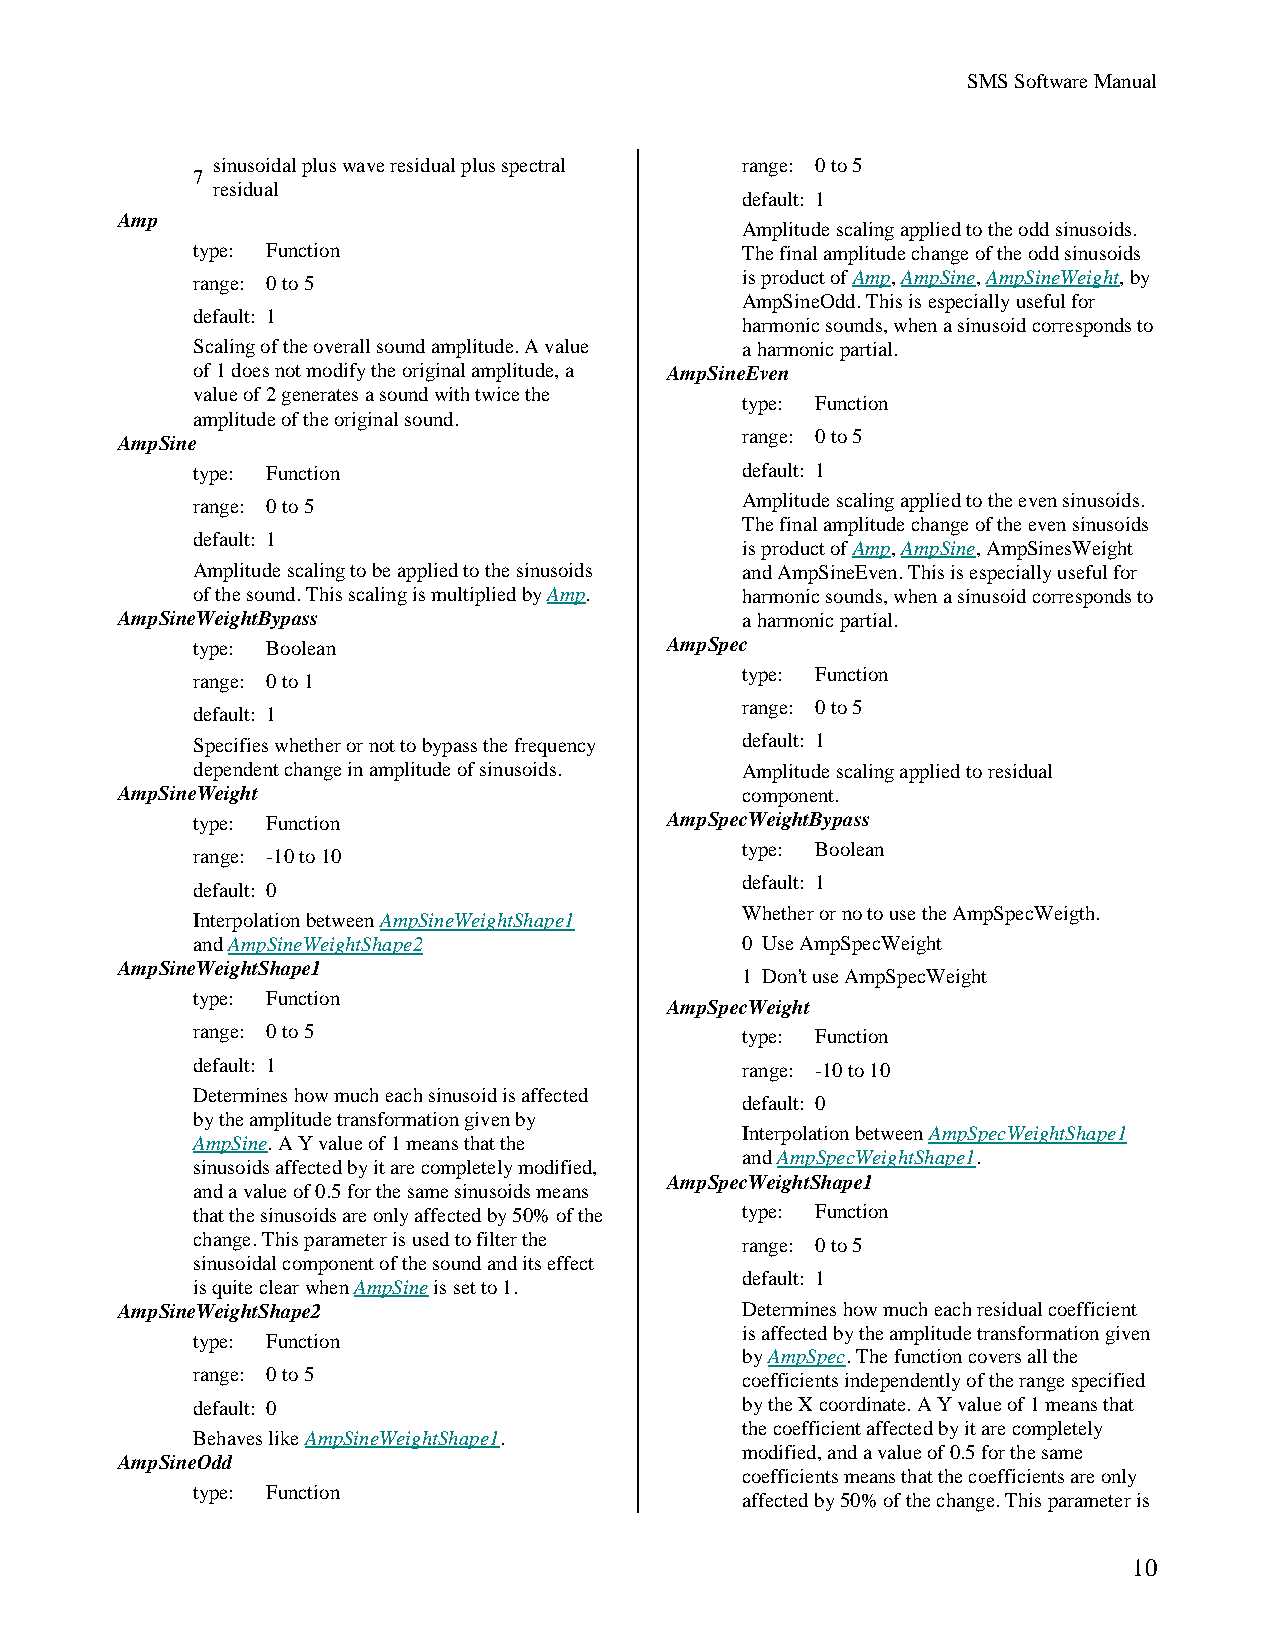
SMS Software Manual
 sinusoidal plus wave residual plus spectral range: 0 to 5
 7
 residual
 default: 1
 Amp
 Amplitude scaling applied to the odd sinusoids.
 type: Function                      The final amplitude change of the odd sinusoids
 range: 0 to 5                       is product of Amp, AmpSine, AmpSineWeight, by
 AmpSineOdd. This is especially useful for
 default: 1
 harmonic sounds, when a sinusoid corresponds to
 Scaling of the overall sound amplitude. A value a harmonic partial.
 of 1 does not modify the original amplitude, a AmpSineEven
 value of 2 generates a sound with twice the
 type: Function
 amplitude of the original sound.
 range: 0 to 5
 AmpSine
 type: Function                      default: 1
 Amplitude scaling applied to the even sinusoids.
 range: 0 to 5
 The final amplitude change of the even sinusoids
 default: 1
 is product of Amp, AmpSine, AmpSinesWeight
 Amplitude scaling to be applied to the sinusoids and AmpSineEven. This is especially useful for
 of the sound. This scaling is multiplied by Amp. harmonic sounds, when a sinusoid corresponds to
 AmpSineWeightBypass                      a harmonic partial.
 type: Boolean                  AmpSpec
 type: Function
 range: 0 to 1
 range: 0 to 5
 default: 1
 Specifies whether or not to bypass the frequency default: 1
 dependent change in amplitude of sinusoids. Amplitude scaling applied to residual
 AmpSineWeight                            component.
 type: Function                 AmpSpecWeightBypass
 type: Boolean
 range: -10 to 10
 default: 1
 default: 0
 Whether or no to use the AmpSpecWeigth.
 Interpolation between AmpSineWeightShape1
 and AmpSineWeightShape2             0 Use AmpSpecWeight
 AmpSineWeightShape1
 1 Don't use AmpSpecWeight
 type: Function
 AmpSpecWeight
 range: 0 to 5                       type: Function
 default: 1                          range: -10 to 10
 Determines how much each sinusoid is affected
 default: 0
 by the amplitude transformation given by
 Interpolation between AmpSpecWeightShape1
 AmpSine. A Y value of 1 means that the
 and AmpSpecWeightShape1.
 sinusoids affected by it are completely modified,
 AmpSpecWeightShape1
 and a value of 0.5 for the same sinusoids means
 that the sinusoids are only affected by 50% of the type: Function
 change. This parameter is used to filter the
 range: 0 to 5
 sinusoidal component of the sound and its effect
 default: 1
 is quite clear when AmpSine is set to 1.
 AmpSineWeightShape2                      Determines how much each residual coefficient
 is affected by the amplitude transformation given
 type: Function
 by AmpSpec. The function covers all the
 range: 0 to 5                       coefficients independently of the range specified
 default: 0                          by the X coordinate. A Y value of 1 means that
 the coefficient affected by it are completely
 Behaves like AmpSineWeightShape1.
 modified, and a value of 0.5 for the same
 AmpSineOdd
 coefficients means that the coefficients are only
 type: Function
 affected by 50% of the change. This parameter is
 10